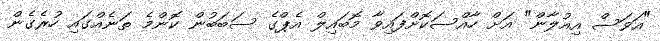
"އަވަސް އިއުލާން" އަށް ހާއްސަކޮށްފައިވާ މޮބައިލް އެޕްގެ ސަބަބުން ކޮންމެ ތަނެއްގައި ހުރެގެން